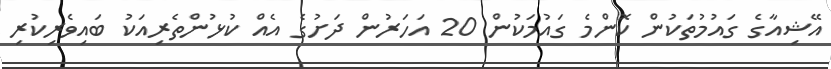
އޭޝިއާގެ ގައުމުތަކުން ކޮންމެ ގައުމަކުން 20 އަހަރުން ދަށުގެ އެއް ކުޅުންތެރިއަކު ބައިވެރިކުރި